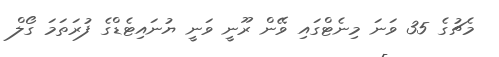
މެޗުގެ 35 ވަނަ މިނެޓްގައި ވޭން ރޫނީ ވަނީ ޔުނައިޓެޑްގެ ފުރަތަމަ ގޯލް